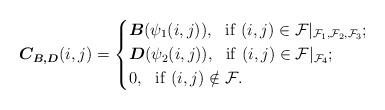
LaTeX: \begin{align*}\boldsymbol{C_{B,D}}(i,j)=\left \{\begin {aligned}&\boldsymbol{B}({\psi_1(i,j)}),~~{\rm if}~(i,j) \in \mathcal F|_{\mathcal F_1,\mathcal F_2,\mathcal F_3};\\&\boldsymbol{D}({\psi_2(i,j)}),~~{\rm if}~(i,j) \in \mathcal F|_{\mathcal F_4};\\&0,~~{\rm if}~(i,j) \notin \mathcal F.\end {aligned}\right.\end{align*}